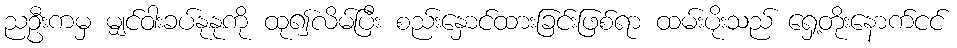
ညဦးကမှ မျှင်ဝါးခပ်နုနုကို ထု၍လိမ်ပြီး စည်းနှောင်ထားခြင်းဖြစ်ရာ ထမ်းပိုးသည် ရှေ့တိုးနောက်ငင်